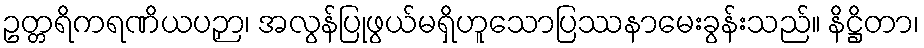
ဥတ္တရိကရဏိယပဉှာ၊ အလွန်ပြုဖွယ်မရှိဟူသောပြဿနာမေးခွန်းသည်။ နိဋ္ဌိတာ၊